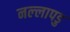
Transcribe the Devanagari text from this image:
नल्‍लापडु